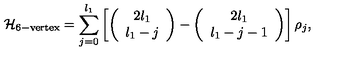
{ \cal H } _ { \mathrm { 6 - v e r t e x } } = \sum _ { j = 0 } ^ { l _ { 1 } } \left[ \left( \begin{array} { c } { 2 l _ { 1 } } \\ { l _ { 1 } - j } \\ \end{array} \right) - \left( \begin{array} { c } { 2 l _ { 1 } } \\ { l _ { 1 } - j - 1 } \\ \end{array} \right) \right] \rho _ { j } ,